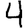
Digit: 4